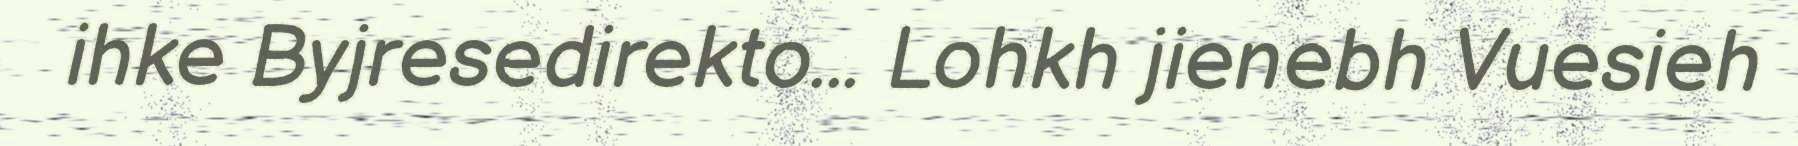
ihke Byjresedirekto... Lohkh jienebh Vuesieh